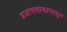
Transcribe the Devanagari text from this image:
प्रजासत्ताकापासून